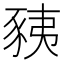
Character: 𧱅